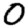
Digit: 0